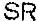
SR